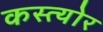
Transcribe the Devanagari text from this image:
कस्त्योर